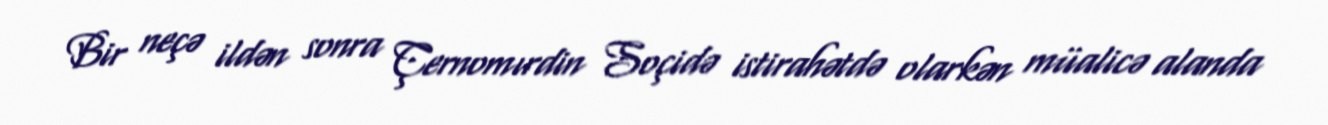
Bir neçə ildən sonra Çernomırdin Soçidə istirahətdə olarkən müalicə alanda